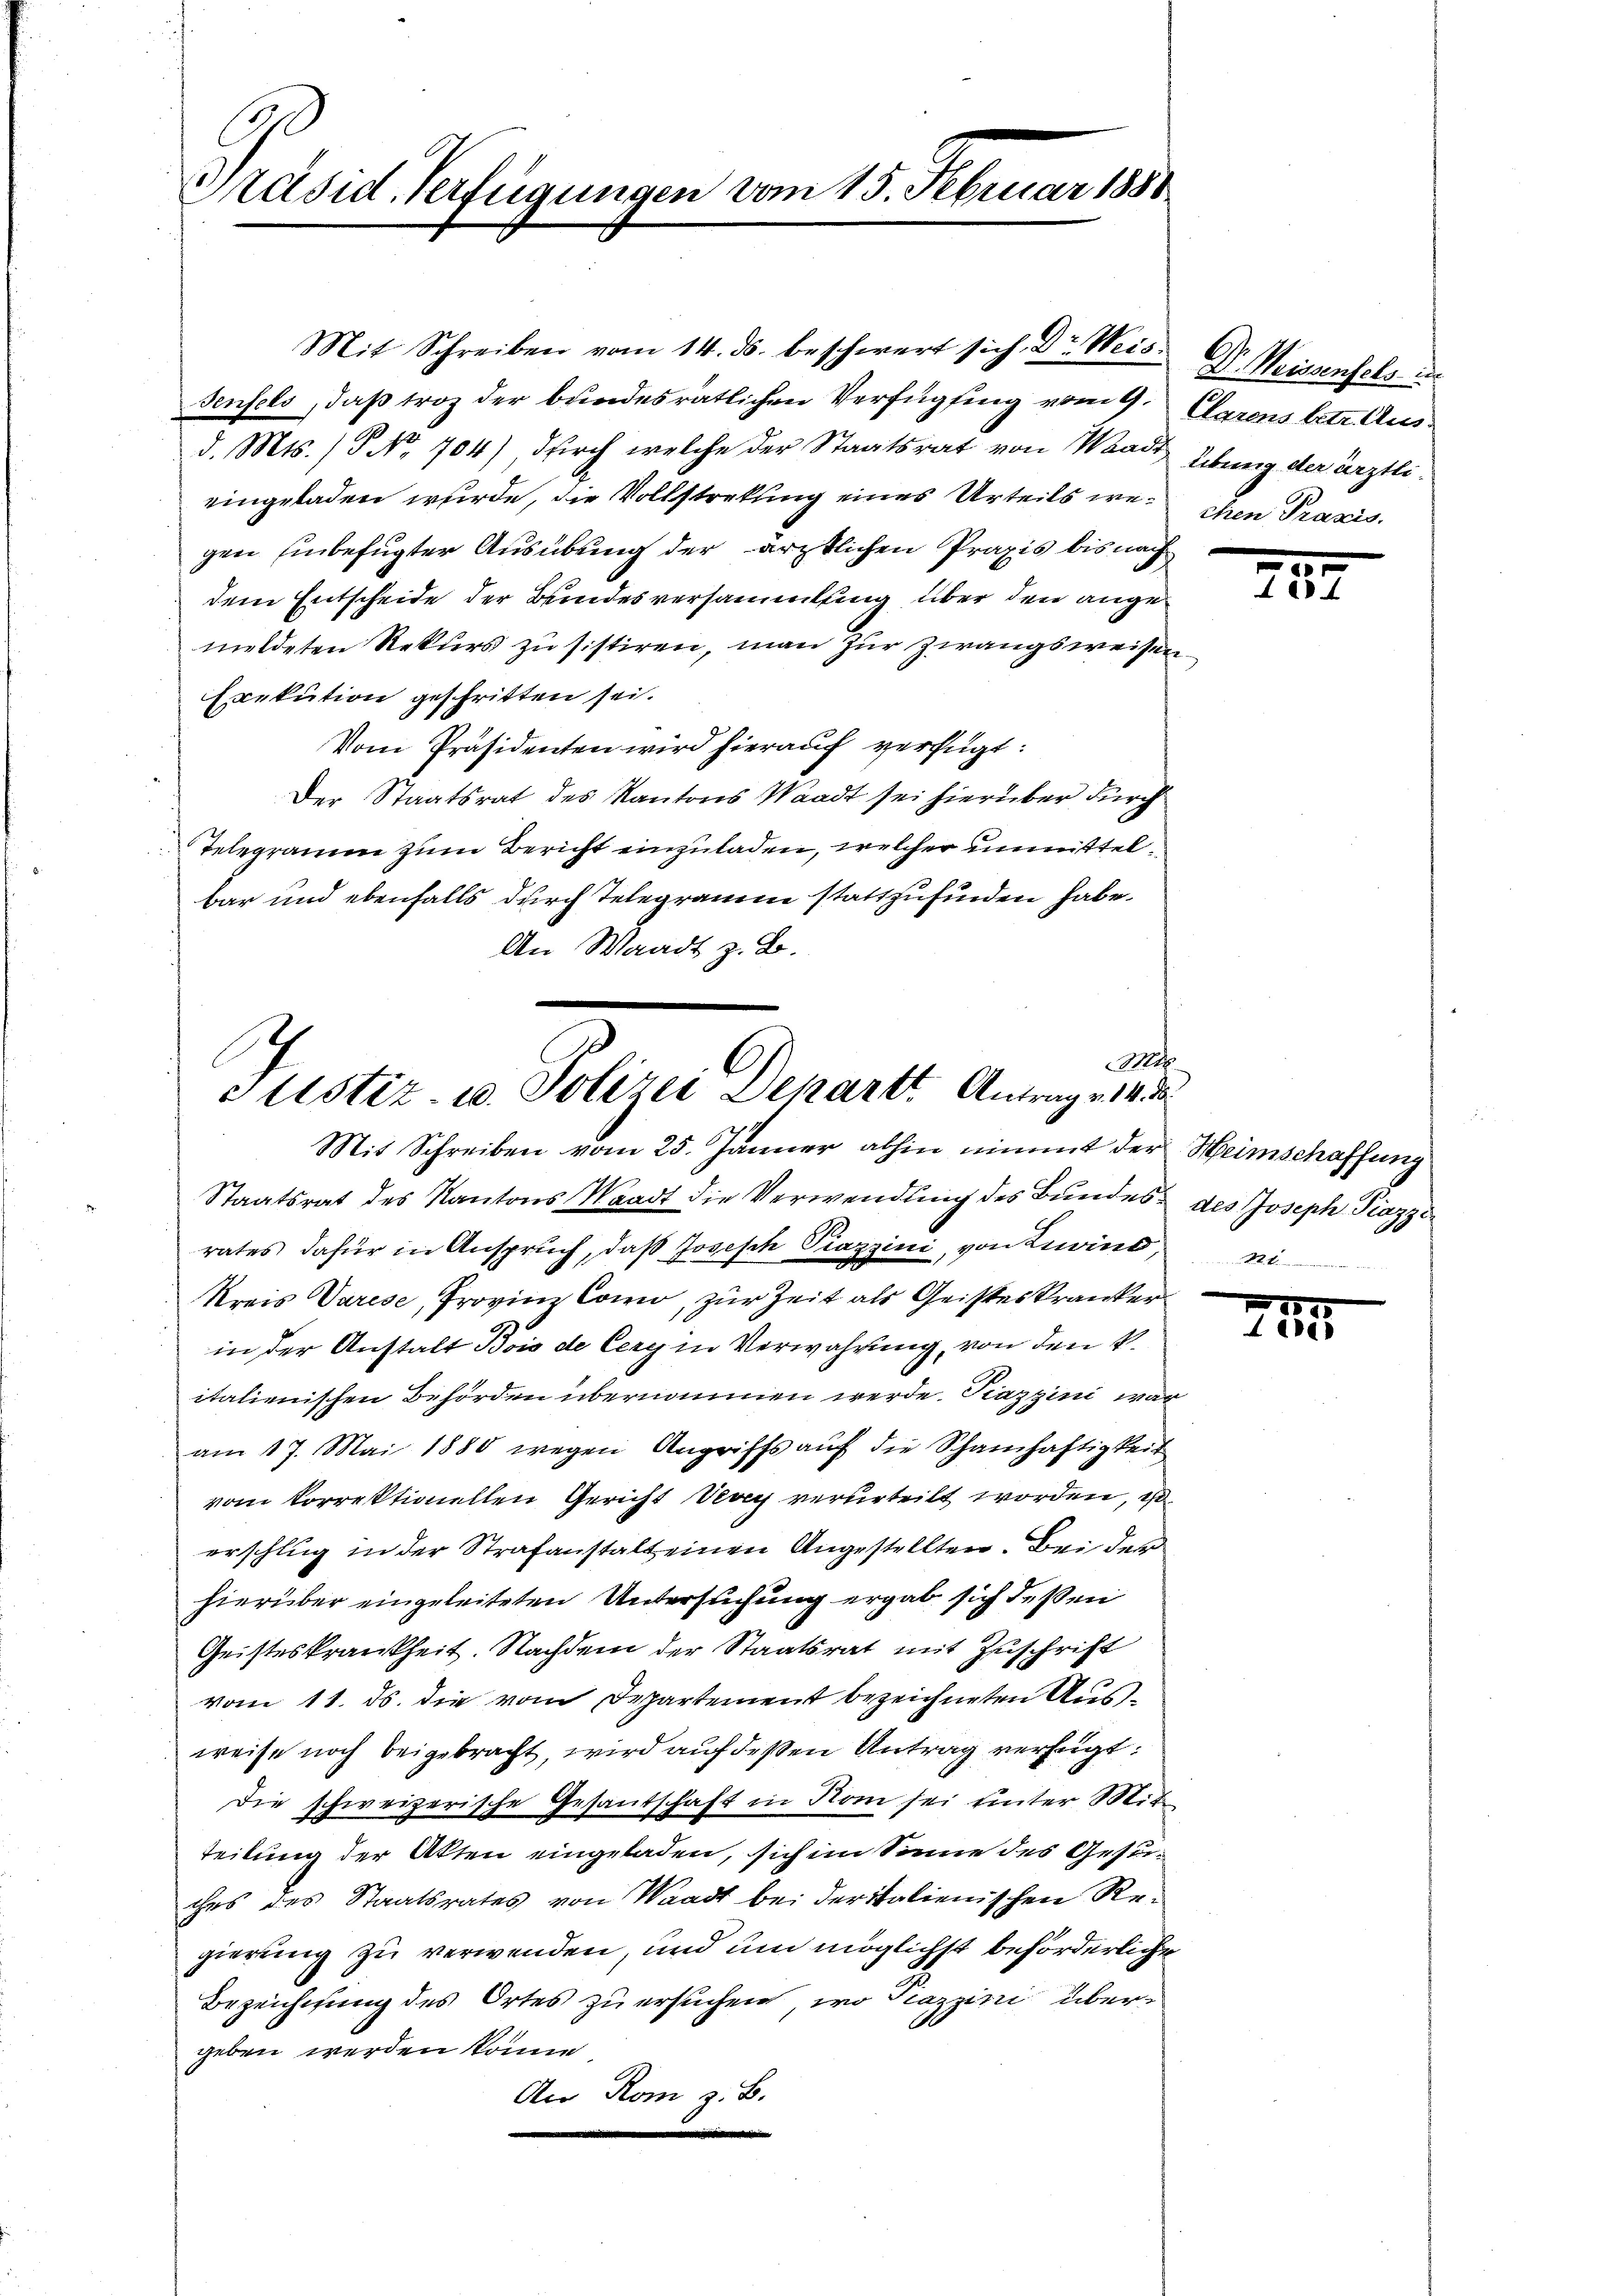
Präsid Verfügungen vom 15. Februar 1880

Mit Schreiben vom 14. ds. beschwert sich Dr Weis- Dr. Weissenschs un
senfels, daß troz der bundesrätlichen Verfügung vom 9. Charens betr. Ausd. Mts. / No. 704) durch welche der Staatsrat von Waadt, Übung der ärztlieingeladen wurde, die Vollstrekung eines Urteils wegen Einbefugter Ausübung der ärztlichen Praxis bis nach
dem Entscheide der Bundesversammlung über den angemeldeten Rekurs zu sistiren, man zur Zwangsweisen
Exekution geschritten sei.
Vom Präsidenten wird hierauf verfügt:
Der Staatsrat des Kantons Waadt sei hierüber durch
Telegramm zum Bericht einzuladen, welcher unmittelbar und ebenfalls durch Telegramm stattzufinden habe.
An Waadt z. B.

Mo
slistiz- u. Polizei Departt Antrag v. 14. 8
Mit Schreiben vom 25. Jänner abhin nimmt der Heimschaffung

Staatsrat des Kantons Waadt die Verwendung des Bundes des Joseph Piazzirates dafür in Anspruch, daß Joseph Piazzini, von Zins, m
Kreis Varese, Provin Como, zur Zeit als Geisteskranker
in der Anstalt Bois de Cery in Verwahrung, von den k
italienischen Behörden übernommen werde. Fiazzini war
am 17. Mai 1880 wegen Angriffs auf die Schamhaftigkeit
vom korrektionellen Gericht Vevey verurteilt worden, di
erschlug in der Strafanstalt einen Angestellten. Bei der
hierüber eingeleiteten Untersuchung ergab sich deßen
Geisteskrankheit. Nachdem der Staatsrat mit Zuschrift
vom 11. ds. die vom Departement bezeichneten Ausweise noch beigebracht, wird auf deßen Antrag verfügt:
Die schweizerische Gesandschaft in Rom sei unter Mit
teilung der Akten eingeladen, sich im Sinne des Gesuches des Staatsrates von Waadt bei der italienischen Regierung zu verwenden, und um möglichst beförderliche
Bezeichnung des Ortes zu ersuchen, wo Pazziri übergeben werden könne.
An Rom z. B.

chen Praxis.

27

1525
ede